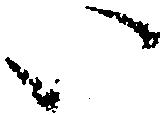
い